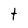
Character: t